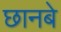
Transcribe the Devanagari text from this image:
छानबे